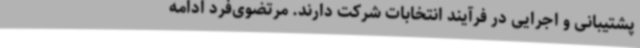
پشتیبانی و اجرایی در فرآیند انتخابات شرکت دارند. مرتضوی‌فرد ادامه